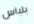
بلباس